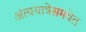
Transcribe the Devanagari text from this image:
अंत्ययात्रेसमवेत